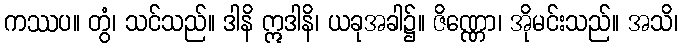
ကဿပ။ တွံ၊ သင်သည်။ ဒါနိ ဣဒါနိ၊ ယခုအခါ၌။ ဇိဏ္ဏော၊ အိုမင်းသည်။ အသိ၊